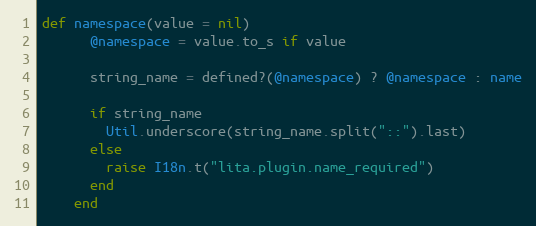
Language: Ruby
def namespace(value = nil)
      @namespace = value.to_s if value

      string_name = defined?(@namespace) ? @namespace : name

      if string_name
        Util.underscore(string_name.split("::").last)
      else
        raise I18n.t("lita.plugin.name_required")
      end
    end